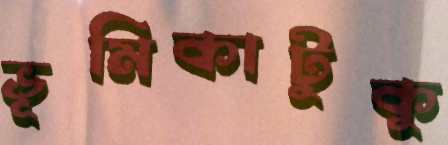
ভূমিকাটুকু